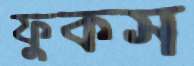
ফুকস